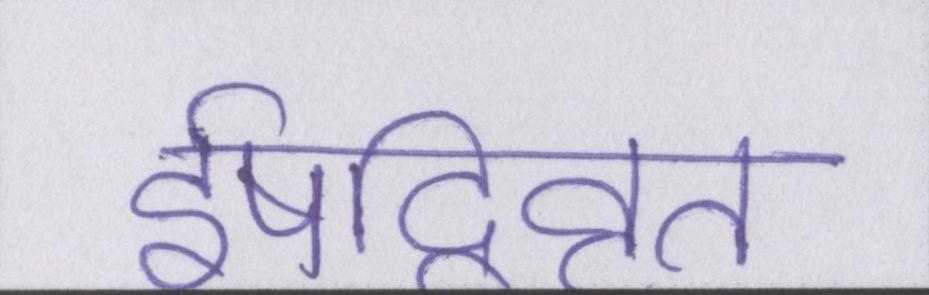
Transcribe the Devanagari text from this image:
ईषद्विवृत